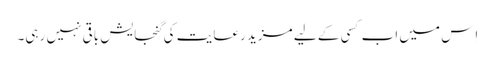
اِس میں اب کسی کے لیے مزید رعایت کی گنجایش باقی نہیں رہی۔